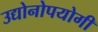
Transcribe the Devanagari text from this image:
उद्योनोपयोगी